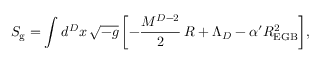
S _ { \mathrm { g } } = \int d ^ { D } x \, \sqrt { - g } \, \biggl [ - \frac { M ^ { D - 2 } } { 2 } \, R + \Lambda _ { D } - \alpha ^ { \prime } R _ { \mathrm { E G B } } ^ { 2 } \biggr ] ,